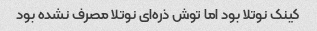
کینک نوتلا بود اما توش ذره‌ای نوتلا مصرف نشده بود